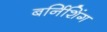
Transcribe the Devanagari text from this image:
बर्निशिंग